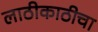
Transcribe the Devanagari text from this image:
लाठीकाठीचा